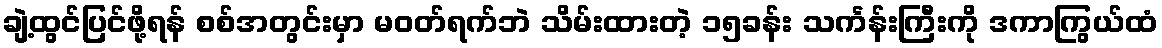
ချဲ့ထွင်ပြင်ဖို့ရန် စစ်အတွင်းမှာ မဝတ်ရက်ဘဲ သိမ်းထားတဲ့ ၁၅ခန်း သင်္ကန်းကြီးကို ဒကာကြွယ်ထံ